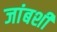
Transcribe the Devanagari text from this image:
जांबशी